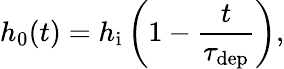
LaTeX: h_{0}(t)=h_{\mathrm{i}}\left(1-\frac{t}{\tau_{\mathrm{dep}}}\right),